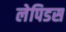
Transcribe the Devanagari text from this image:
लेपिडस